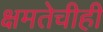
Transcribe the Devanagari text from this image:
क्षमतेचीही